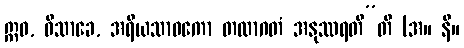
ဣဓ, ဝိသာခေ, အရိယသာဝကော တထာဂတံ အနုဿရတီ”တိ (အ။ နိ။